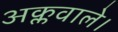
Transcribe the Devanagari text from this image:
अक्लवाले।